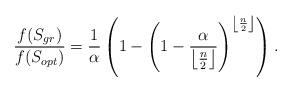
LaTeX: \begin{align*}\frac{f(S_{gr})}{f(S_{opt})} = \frac{1}{\alpha}\left(1-\left(1-\frac{\alpha}{\left\lfloor\frac{n}{2}\right\rfloor}\right)^{\left\lfloor \frac{n}{2}\right\rfloor}\right).\end{align*}